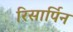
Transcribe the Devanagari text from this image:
रिसार्पिन